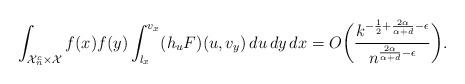
LaTeX: \begin{align*}\int_{\mathcal{X}_n^c \times \mathcal{X}} f(x)f(y) \int_{l_x}^{v_x}(h_uF)(u,v_y) \,du \,dy \,dx = O \biggl( \frac{k^{-\frac{1}{2} + \frac{2 \alpha}{\alpha+d} - \epsilon}}{n^{ \frac{2 \alpha}{\alpha+d} - \epsilon}} \biggr).\end{align*}